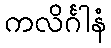
ကလိင်္ဂါနံ